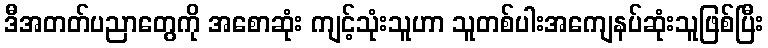
ဒီအတတ်ပညာတွေကို အစောဆုံး ကျင့်သုံးသူဟာ သူတစ်ပါးအကျေနပ်ဆုံးသူဖြစ်ပြီး